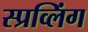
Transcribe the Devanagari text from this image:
स्प्रव्लिंग